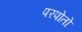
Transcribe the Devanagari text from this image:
परपोतो